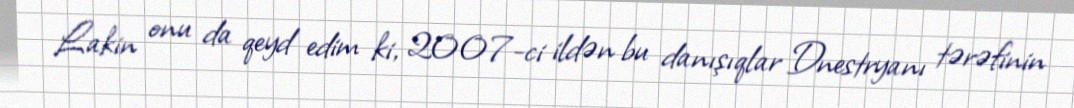
Lakin onu da qeyd edim ki, 2007-ci ildən bu danışıqlar Dnestryanı tərəfinin